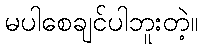
မပါစေချင်ပါဘူးတဲ့။